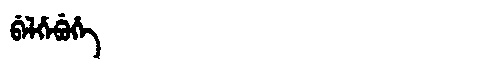
Manchu: ᠪᡝᠯᡥᡝᠪᡠᡥᡝ
Romanization: BELHEBUHE